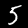
Label: 5